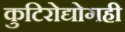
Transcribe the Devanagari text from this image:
कुटिरोद्योगही